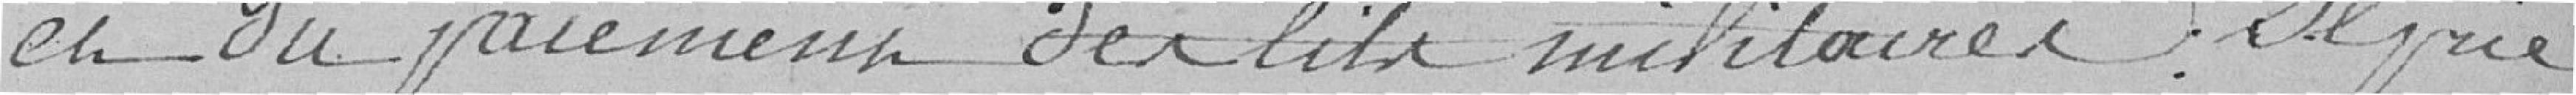
et du paiement des lits militaires. Il prie